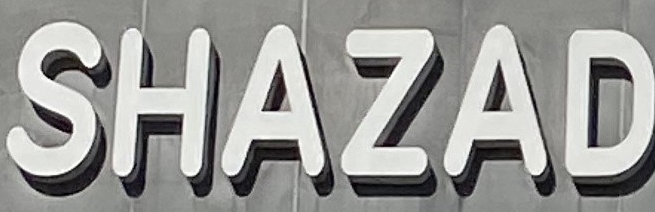
SHAZAD